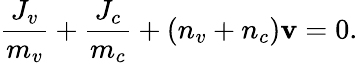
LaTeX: \frac{J_{v}}{m_{v}}+\frac{J_{c}}{m_{c}}+(n_{v}+n_{c})\mathbf{v}=0.